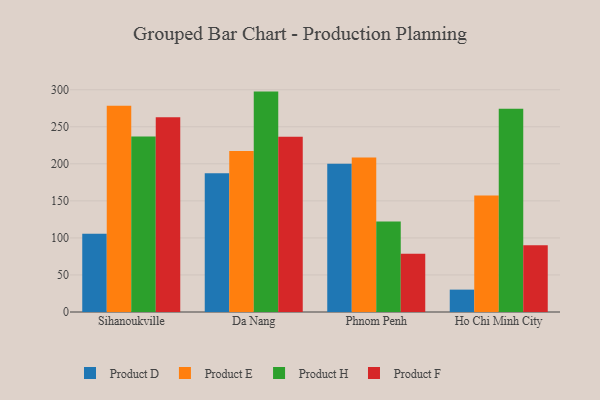
{"axis": {"x": "City", "y": "Budget (USD K)"}, "legend": ["Product D", "Product E", "Product F", "Product H"], "data": [{"x": "Sihanoukville", "y": 105.6, "type": "Product D"}, {"x": "Sihanoukville", "y": 278.3, "type": "Product E"}, {"x": "Sihanoukville", "y": 236.9, "type": "Product H"}, {"x": "Sihanoukville", "y": 262.9, "type": "Product F"}, {"x": "Da Nang", "y": 187.2, "type": "Product D"}, {"x": "Da Nang", "y": 217.2, "type": "Product E"}, {"x": "Da Nang", "y": 297.5, "type": "Product H"}, {"x": "Da Nang", "y": 236.7, "type": "Product F"}, {"x": "Phnom Penh", "y": 200.0, "type": "Product D"}, {"x": "Phnom Penh", "y": 208.6, "type": "Product E"}, {"x": "Phnom Penh", "y": 122.3, "type": "Product H"}, {"x": "Phnom Penh", "y": 78.6, "type": "Product F"}, {"x": "Ho Chi Minh City", "y": 30.2, "type": "Product D"}, {"x": "Ho Chi Minh City", "y": 157.2, "type": "Product E"}, {"x": "Ho Chi Minh City", "y": 274.2, "type": "Product H"}, {"x": "Ho Chi Minh City", "y": 90.2, "type": "Product F"}]}